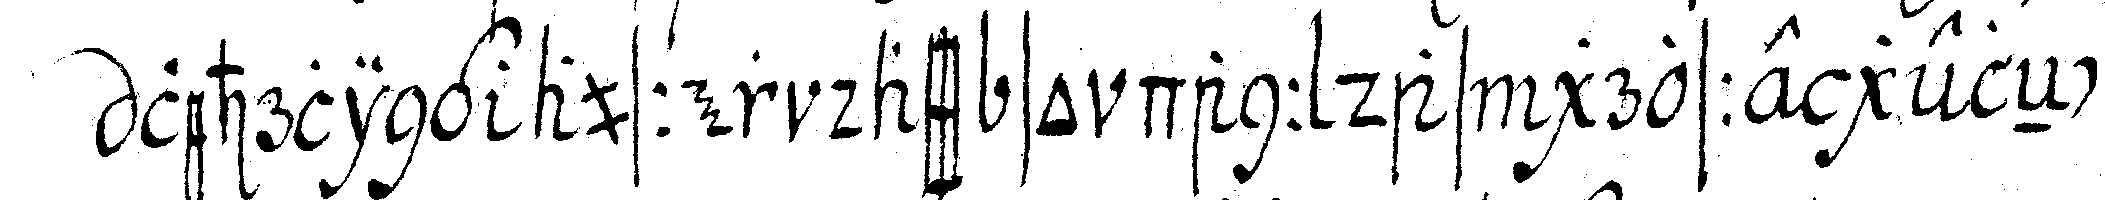
lehrling ausser dass so dann das grosse geleNcke